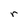
Character: r